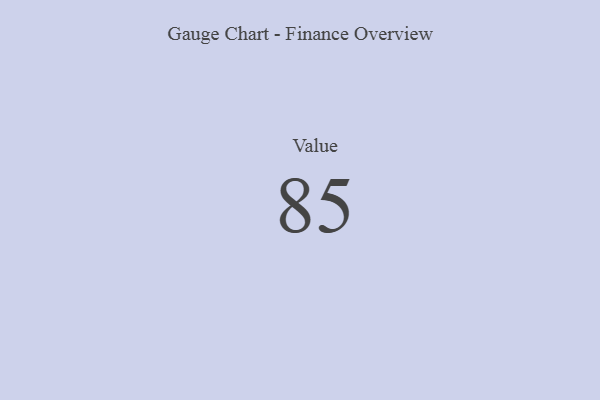
{"axis": {"x": "Metric", "y": "Value"}, "legend": [""], "data": [{"x": "Value", "y": 85, "type": ""}]}